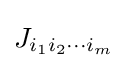
J_{i_{1}i_{2}\cdots i_{m}}